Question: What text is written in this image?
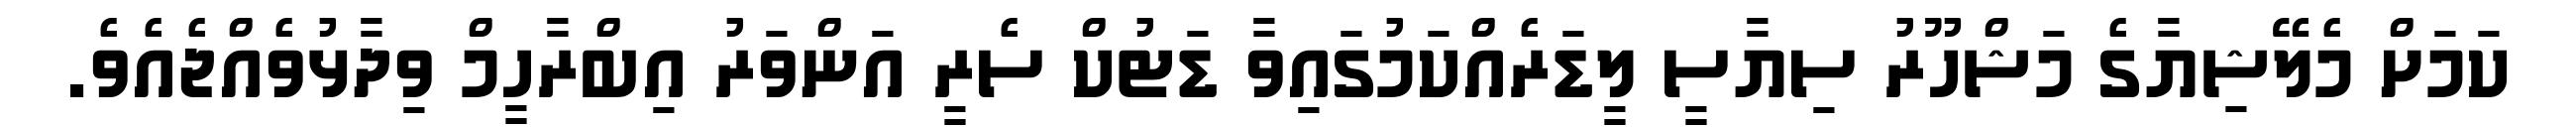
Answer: ކަމަށް މެލޭޝިޔާގެ މަޝްހޫރު ސިޔާސީ ލީޑަރެއްކަމުގައިވާ ޑަޓުކް ސެރީ އަންވަރު އިބްރާހީމް ވިދާޅުވެއްޖެއެވެ.